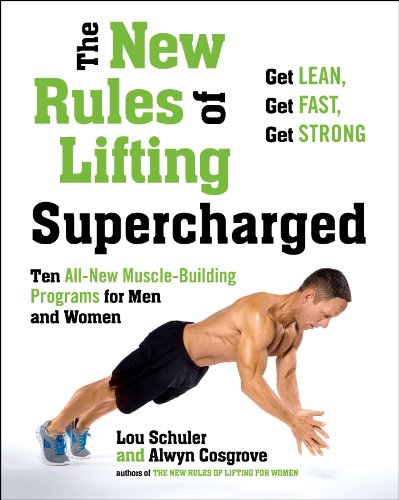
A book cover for The New Rules of Lifting Supercharged: Ten All-New Muscle-Building Programs for Men and Women; Lou Schuler; Health, Fitness & Dieting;